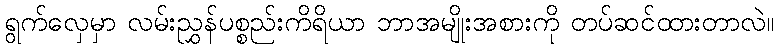
ရွက်လှေမှာ လမ်းညွှန်ပစ္စည်းကိရိယာ ဘာအမျိုးအစားကို တပ်ဆင်ထားတာလဲ။